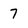
Character: 7